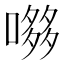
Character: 𭊶